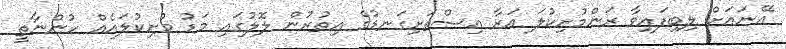
އޭނައަށް ލިބިފައިވާ ރަންމުށިކުލަ އަރާ އިސްތަށިގަނޑުގެ އިތުރުން ލޮލުގައި މަޑު މުށިކުލައެއް ހުންނާތީ